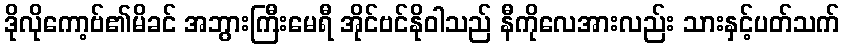
ဒိုလိုကော့ဗ်၏မိခင် အဘွားကြီးမေရီ အိုင်ဗင်နိုဝါသည် နီကိုလေအားလည်း သားနှင့်ပတ်သက်